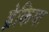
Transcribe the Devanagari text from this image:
ब्रेकिया